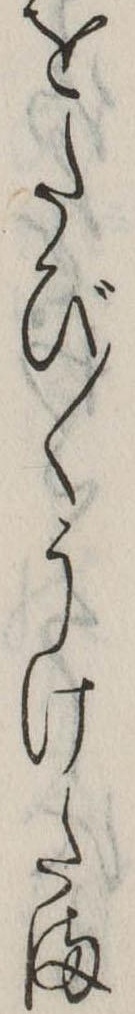
をたび〱うけたま